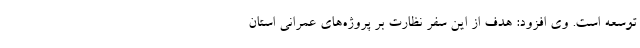
توسعه است. وی افزود: هدف از این سفر نظارت بر پروژه‌های عمرانی استان